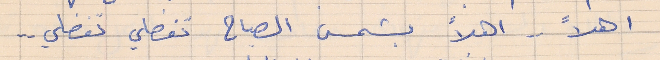
اهلاً . . اهلاً بشمس الصباح تفضلي تفضلي  . .